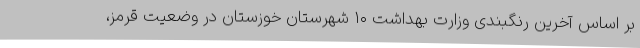
بر اساس آخرین رنگبندی وزارت بهداشت ۱۰ شهرستان خوزستان در وضعیت قرمز،